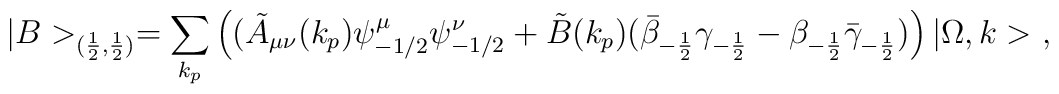
|B>_{(\frac{1}{2},\frac{1}{2})}=\sum\limits_{k_p}\left((\tilde A_{\mu\nu}(k_p)\psi^\mu_{-1/2}\psi^\nu_{-1/2}+\tilde B(k_p)(\bar\beta_{-\frac{1}{2}}\gamma_{-\frac{1}{2}}-\beta_{-\frac{1}{2}}\bar \gamma_{-\frac{1}{2}})\right)|\Omega, k>\ ,